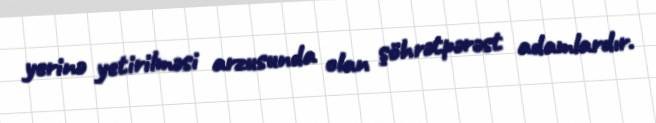
yerinə yetirilməsi arzusunda olan şöhrətpərəst adamlardır.